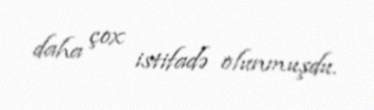
daha çox istifadə olunmuşdu.